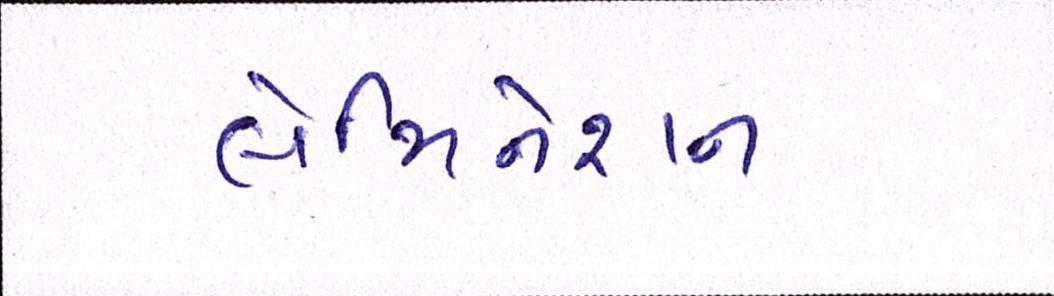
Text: લેમિનેશન